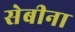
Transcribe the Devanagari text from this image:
सेबीना